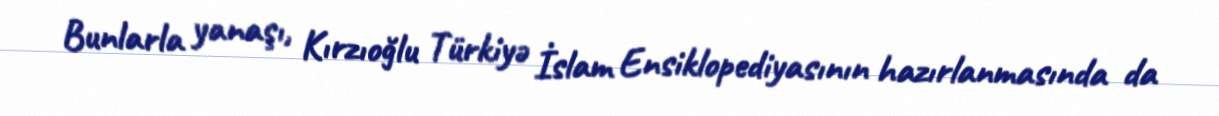
Bunlarla yanaşı, Kırzıoğlu Türkiyə İslam Ensiklopediyasının hazırlanmasında da